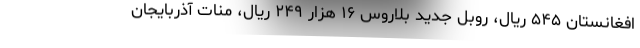
افغانستان ۵۴۵ ریال، روبل جدید بلاروس ۱۶ هزار ۲۴۹ ریال، منات آذربایجان